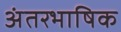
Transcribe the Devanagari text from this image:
अंतरभाषिक